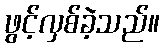
ဖွင့်လှစ်ခဲ့သည်။